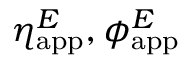
\eta _ { \mathrm { a p p } } ^ { E } , \phi _ { \mathrm { a p p } } ^ { E }